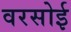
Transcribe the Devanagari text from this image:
वरसोई